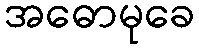
အဓောမုခေ